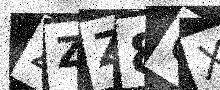
Text: ZZZ8OX